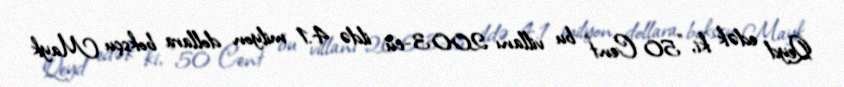
Qeyd edək ki, "50 Cent" bu villanı 2003-cü ildə 4.1 milyon dollara boksçu Mayk